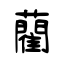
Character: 藺